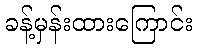
ခန့်မှန်းထားကြောင်း